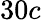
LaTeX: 30c